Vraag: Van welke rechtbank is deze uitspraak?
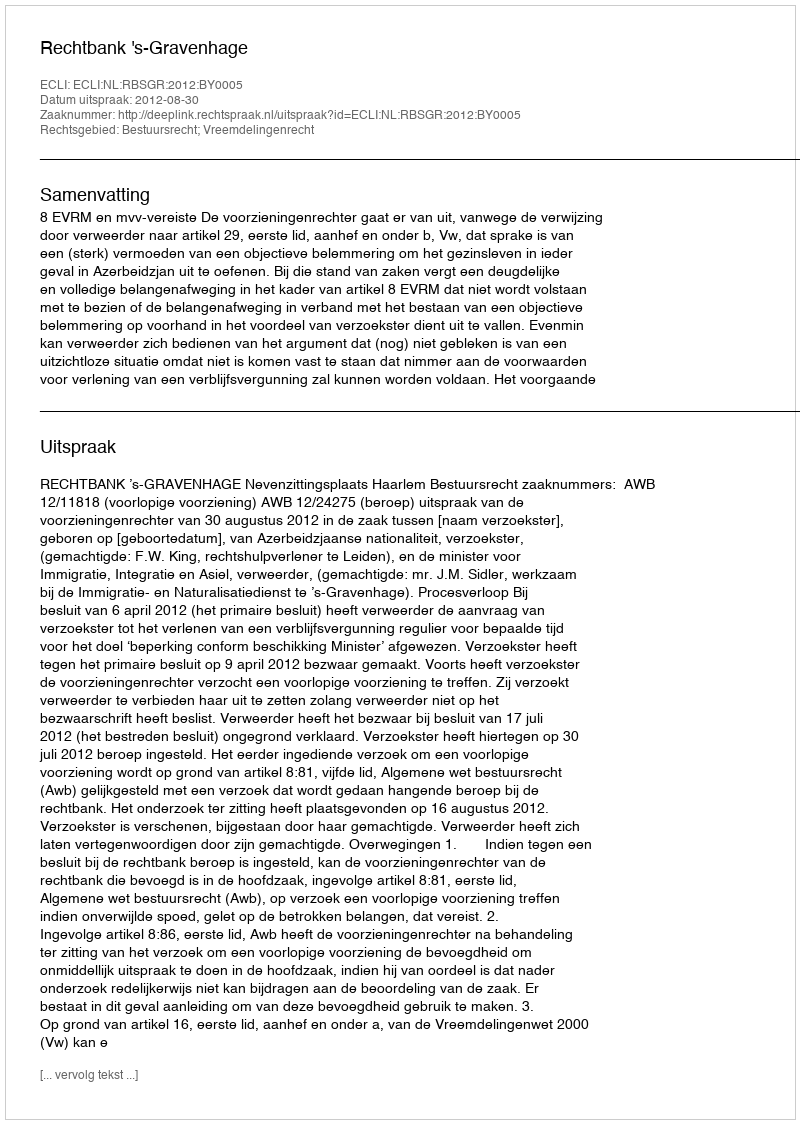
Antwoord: Rechtbank 's-Gravenhage